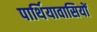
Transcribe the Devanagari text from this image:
पार्थियावासियों